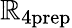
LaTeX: \mathbb{R}_{4\mathrm{{prep}}}